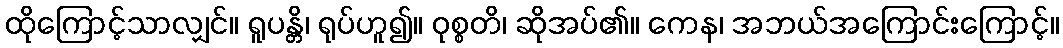
ထိုကြောင့်သာလျှင်။ ရူပန္တိ၊ ရုပ်ဟူ၍။ ဝုစ္စတိ၊ ဆိုအပ်၏။ ကေန၊ အဘယ်အကြောင်းကြောင့်။